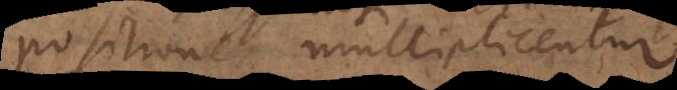
positiones multiplicentur